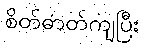
စိတ်ဓာတ်ကျပြီး